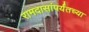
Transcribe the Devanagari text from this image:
रामदासांपर्यंतच्या